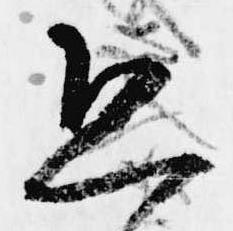
ゑ